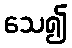
သေ၍